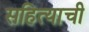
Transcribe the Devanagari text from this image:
सहित्याची